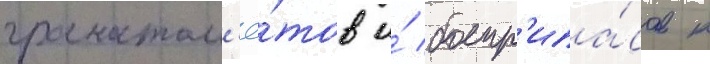
гранатом'ё́тов и́ боепр'ипа́сов к